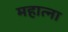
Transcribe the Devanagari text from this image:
महात्ना